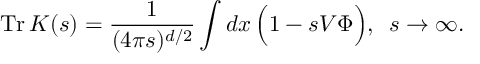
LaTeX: \mathrm { T r } \, K ( s ) = \frac { 1 } { ( 4 \pi s ) ^ { d / 2 } } \int d x \, \Big ( 1 - s V \Phi \Big ) , \, \, \, s \to \infty .